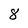
Character: 8